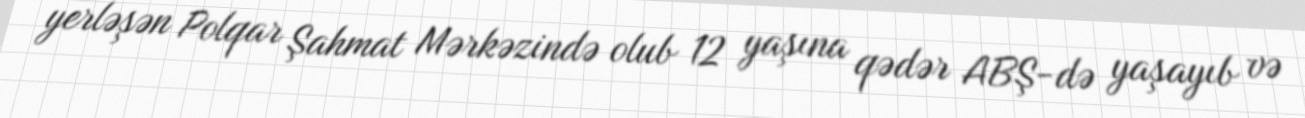
yerləşən Polqar Şahmat Mərkəzində olub 12 yaşına qədər ABŞ-də yaşayıb və